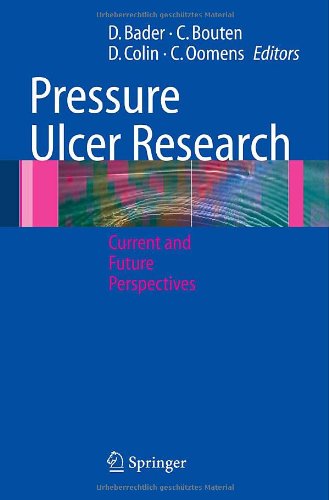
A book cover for Pressure Ulcer Research: Current and Future Perspectives; Health, Fitness & Dieting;